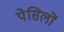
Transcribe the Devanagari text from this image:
पेसिलों